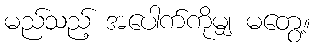
မည်သည့် အပေါက်ကိုမျှ မတွေ့။